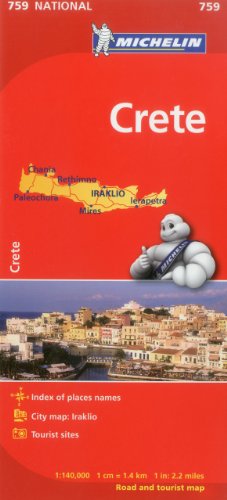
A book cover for Michelin Map Crete 759 (Maps/Country (Michelin)); Michelin Travel & Lifestyle; Travel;